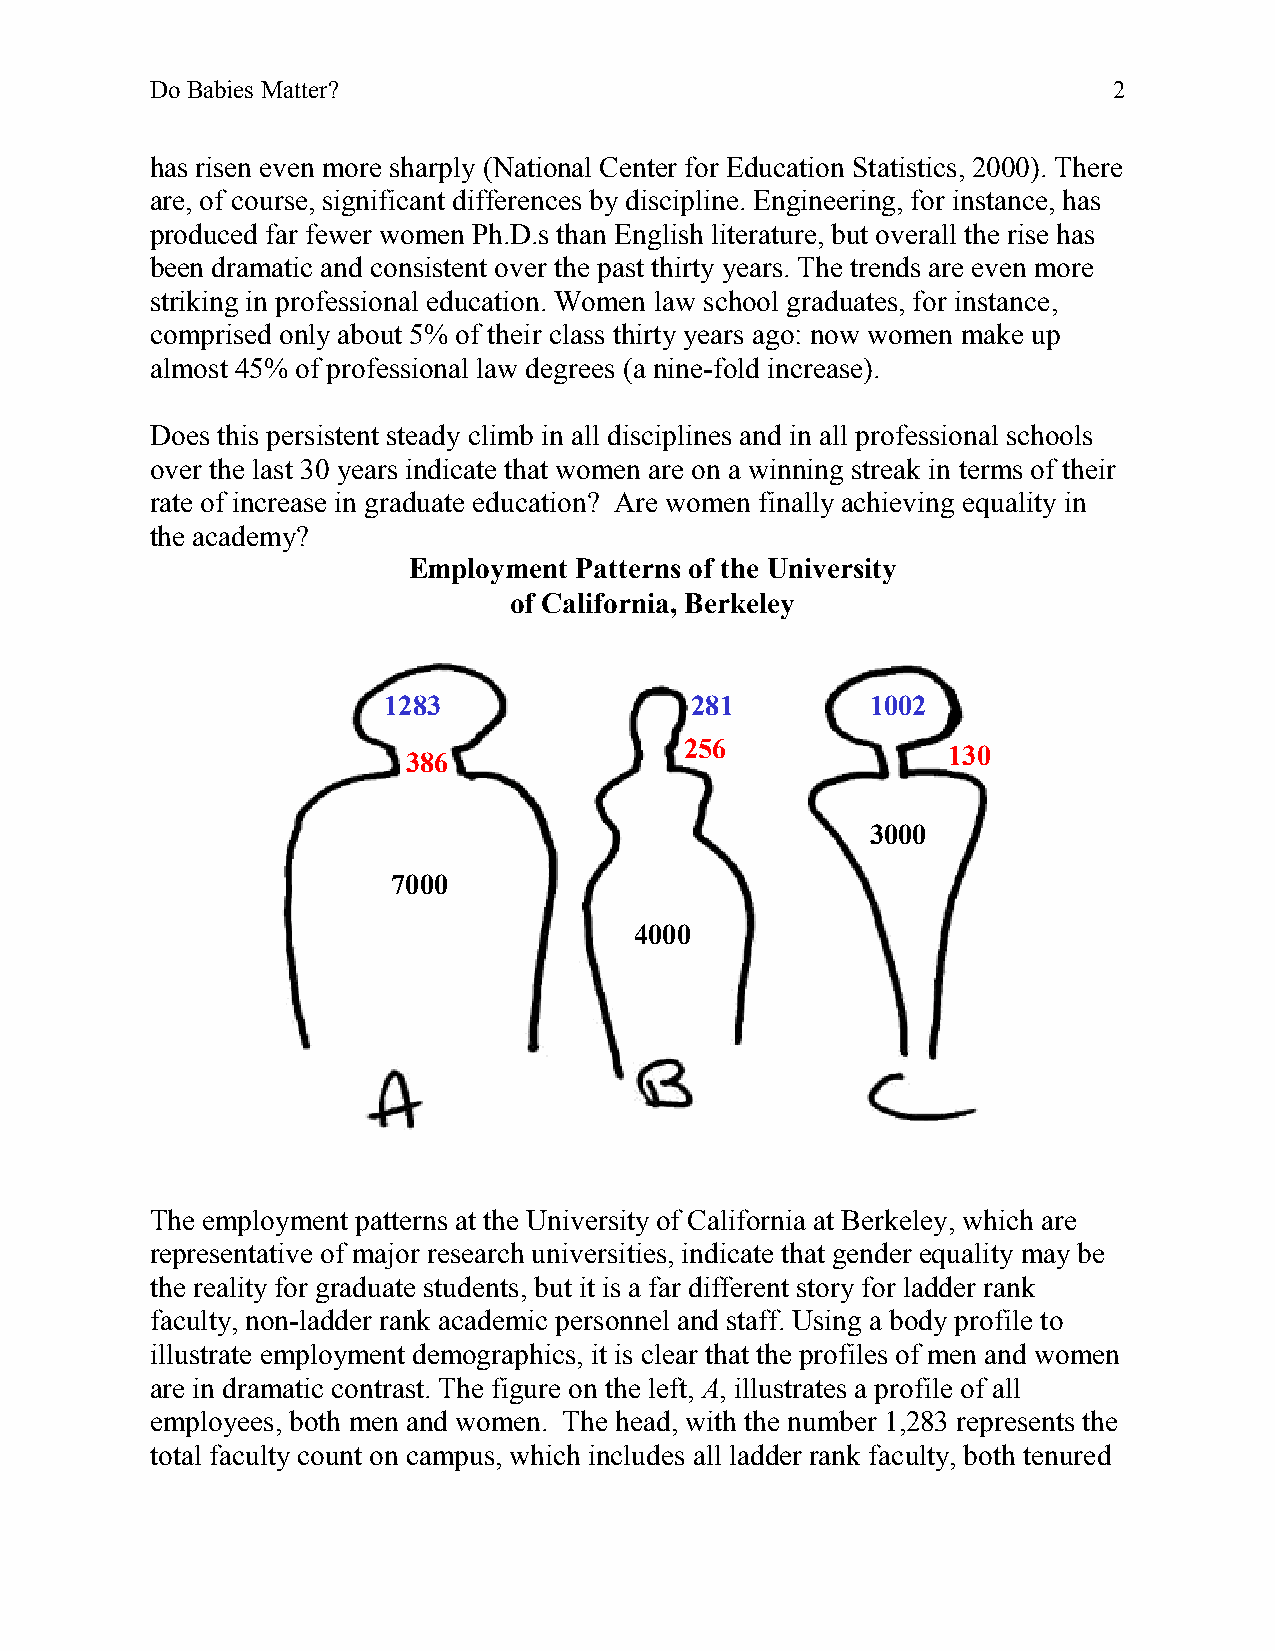
Do Babies Matter?                                               2
 has risen even more sharply (National Center for Education Statistics, 2000). There
 are, of course, significant differences by discipline. Engineering, for instance, has
 produced far fewer women Ph.D.s than English literature, but overall the rise has
 been dramatic and consistent over the past thirty years. The trends are even more
 striking in professional education. Women law school graduates, for instance,
 comprised only about 5% of their class thirty years ago: now women make up
 almost 45% of professional law degrees (a nine-fold increase).
 Does this persistent steady climb in all disciplines and in all professional schools
 over the last 30 years indicate that women are on a winning streak in terms of their
 rate of increase in graduate education? Are women finally achieving equality in
 the academy?
 Employment Patterns of the University
 of California, Berkeley
 1283                 281         1002
 256
 130
 386
 3000
 7000
 4000
 The employment patterns at the University of California at Berkeley, which are
 representative of major research universities, indicate that gender equality may be
 the reality for graduate students, but it is a far different story for ladder rank
 faculty, non-ladder rank academic personnel and staff. Using a body profile to
 illustrate employment demographics, it is clear that the profiles of men and women
 are in dramatic contrast. The figure on the left, A, illustrates a profile of all
 employees, both men and women. The head, with the number 1,283 represents the
 total faculty count on campus, which includes all ladder rank faculty, both tenured